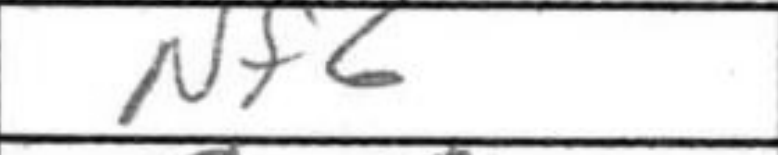
Transcription: Nf6